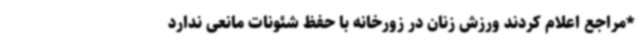
*مراجع اعلام کردند ورزش زنان در زورخانه با حفظ شئونات مانعی ندارد